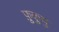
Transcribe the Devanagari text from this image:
फ़ुकुयु